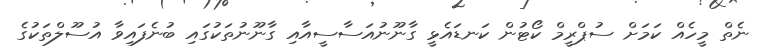
ނެތް މީހެއް ކަމަށް ސުޕްރީމް ކޯޓުން ކަނޑައެޅީ ގާނޫނުއަސާސީއާއި ގާނޫނުތަކުގައި ބުނެފައިވާ އުސޫލްތަކުގެ